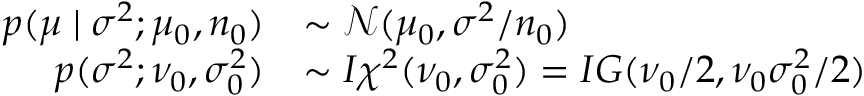
{ \begin{array} { r l } { p ( \mu \mid \sigma ^ { 2 } ; \mu _ { 0 } , n _ { 0 } ) } & { \sim { \mathcal { N } } ( \mu _ { 0 } , \sigma ^ { 2 } / n _ { 0 } ) } \\ { p ( \sigma ^ { 2 } ; \nu _ { 0 } , \sigma _ { 0 } ^ { 2 } ) } & { \sim I \chi ^ { 2 } ( \nu _ { 0 } , \sigma _ { 0 } ^ { 2 } ) = I G ( \nu _ { 0 } / 2 , \nu _ { 0 } \sigma _ { 0 } ^ { 2 } / 2 ) } \end{array} }